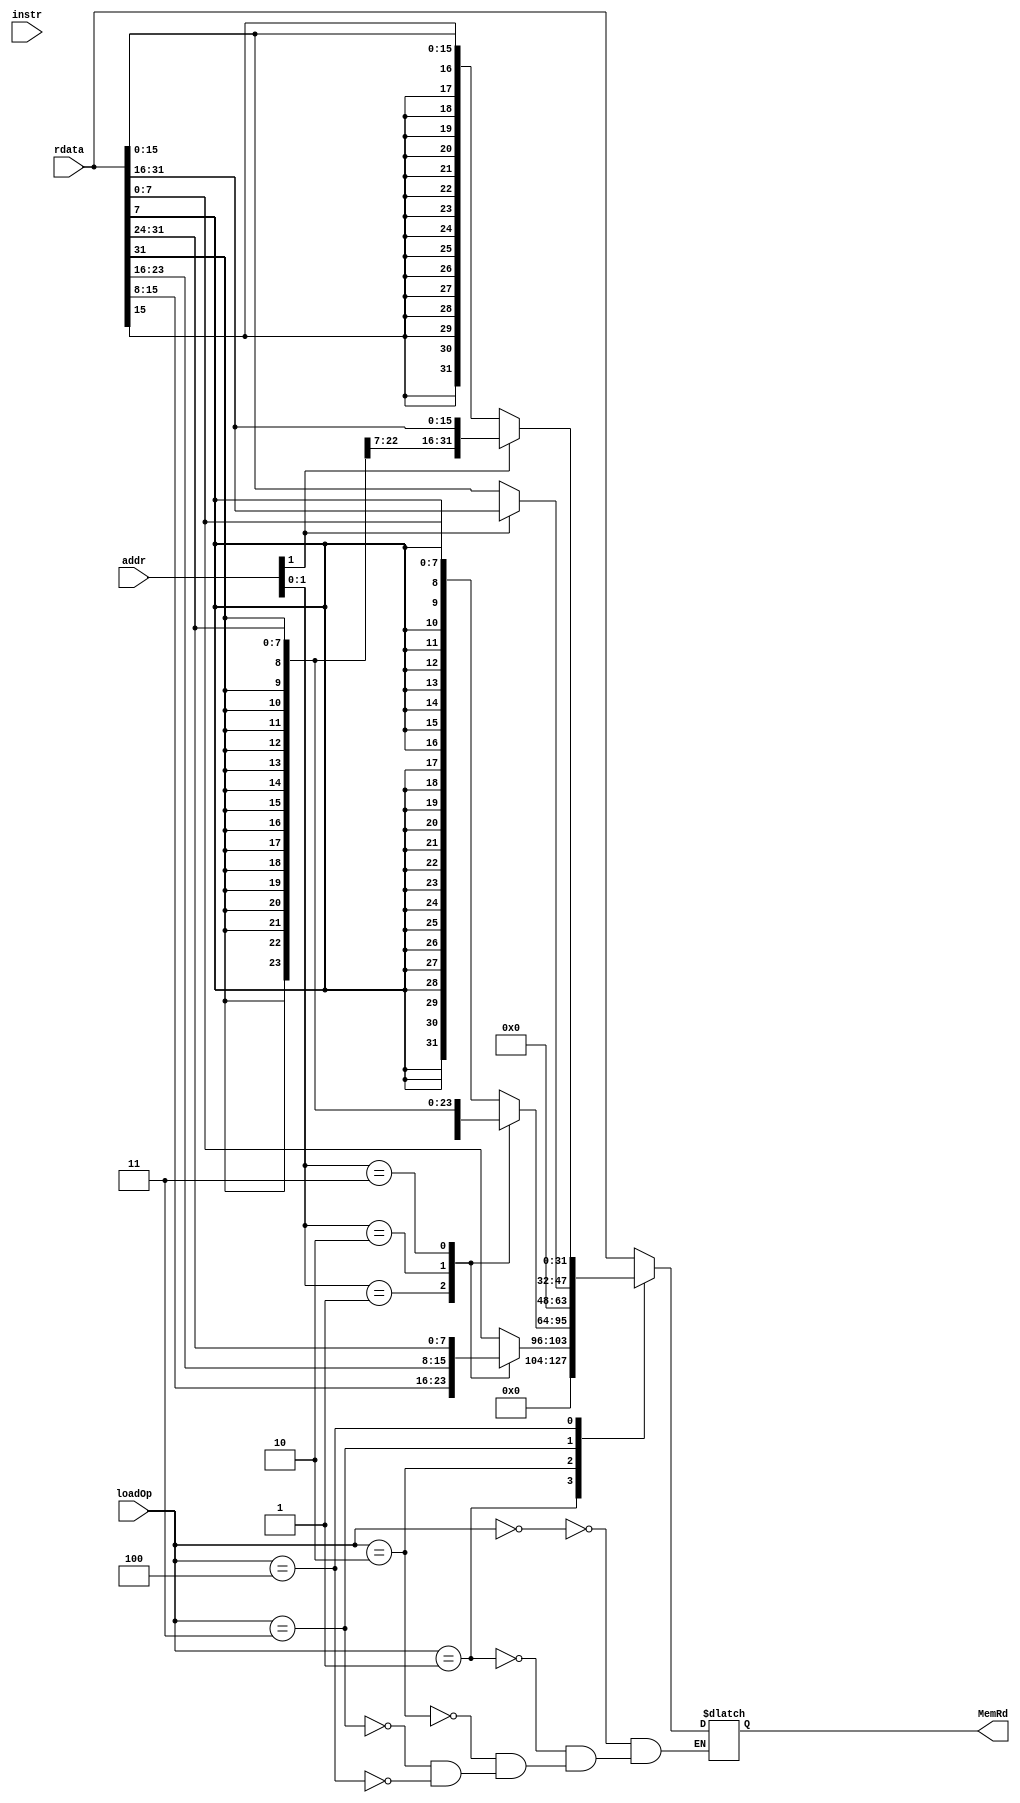
`timescale 1ns / 1ps
//////////////////////////////////////////////////////////////////////////////////
// Company: 
// Engineer: 
// 
// Design Name: 
// Module Name:    DataExt 
// Project Name: 
// Target Devices: 
// Tool versions: 
// Description: 
//
// Dependencies: 
//
// Revision: 
// Revision 0.01 - File Created
// Additional Comments: 
//
//////////////////////////////////////////////////////////////////////////////////
module DataExt(
	input [31:0] rdata,
	input [31:0] addr,
	input [31:0] instr,
	input [2:0] loadOp,
	output reg [31:0] MemRd
	);
	
	always@(*)begin
		case(loadOp)
			0:begin										//lw
				MemRd=rdata;
			end
			
			1:begin										//lbu
				case(addr[1:0])
					0:MemRd={24'b0,rdata[7:0]};
					1:MemRd={24'b0,rdata[15:8]};
					2:MemRd={24'b0,rdata[23:16]};
					3:MemRd={24'b0,rdata[31:24]};
				endcase
			end
			
			2:begin										//lb
				case(addr[1:0])
					0:MemRd={{24{rdata[7]}},rdata[7:0]};
					1:MemRd={{24{rdata[15]}},rdata[15:8]};
					2:MemRd={{24{rdata[23]}},rdata[23:16]};
					3:MemRd={{24{rdata[31]}},rdata[31:24]};
				endcase
			end
			
			3:begin										//lhu
				case(addr[1])
					0:MemRd={16'b0,rdata[15:0]};
					1:MemRd={16'b0,rdata[31:16]};
				endcase
			end
			
			4:begin										//lh
				case(addr[1])
					0:MemRd={{16{rdata[15]}},rdata[15:0]};
					1:MemRd={{16{rdata[31]}},rdata[31:16]};
				endcase
			end
		endcase
	end

endmodule